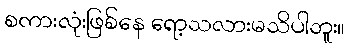
စကားလုံးဖြစ်နေ ရော့သလားမသိပါဘူး။